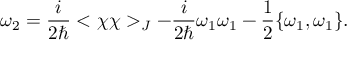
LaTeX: \omega _ { 2 } = { \frac { i } { 2 \hbar } } < \chi \chi > _ { J } - { \frac { i } { 2 \hbar } } \omega _ { 1 } \omega _ { 1 } - { \frac { 1 } { 2 } } \{ \omega _ { 1 } , \omega _ { 1 } \} .